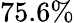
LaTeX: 75.6\%